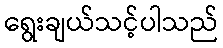
ရွေးချယ်သင့်ပါသည်